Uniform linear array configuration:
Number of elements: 32
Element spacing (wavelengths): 0.75
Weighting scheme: blackman
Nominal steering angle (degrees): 30
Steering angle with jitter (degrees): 29.575
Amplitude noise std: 0.05
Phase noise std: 0.05

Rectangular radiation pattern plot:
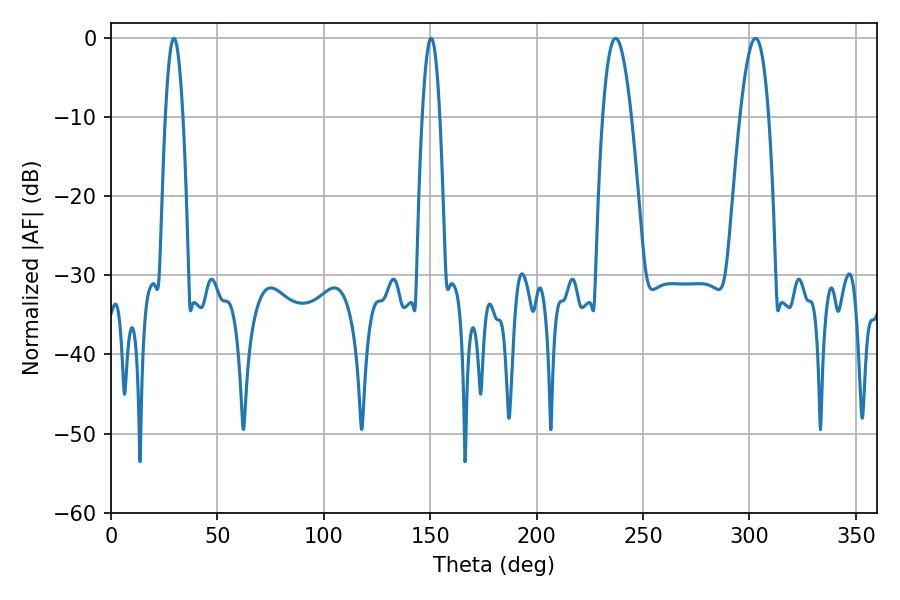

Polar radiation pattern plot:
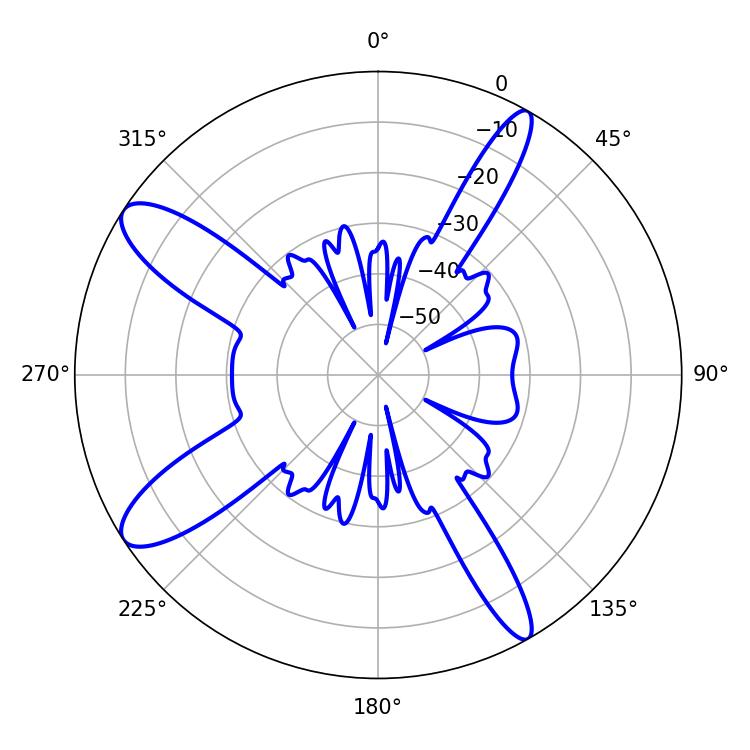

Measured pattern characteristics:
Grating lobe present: TRUE
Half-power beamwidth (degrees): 7.38
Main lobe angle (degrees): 237.06